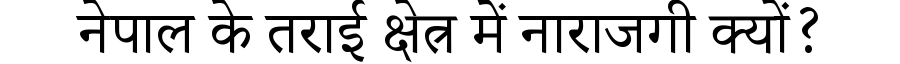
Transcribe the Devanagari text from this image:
नेपाल के तराई क्षेत्र में नाराजगी क्यों?